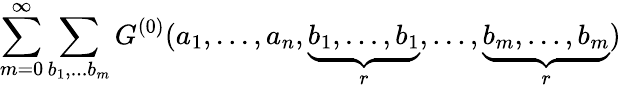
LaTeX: \sum_{m=0}^{\infty}\sum_{b_{1},...b_{m}}{G}^{(0)}(a_{1},...,a_{n},\underbrace{b_{1},...,b_{1}}_{r},...,\underbrace{b_{m},...,b_{m}}_{r})